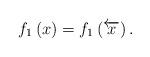
LaTeX: \begin{align*}f_1\left(x\right)=f_1\left(\overleftarrow{x}\right).\end{align*}